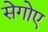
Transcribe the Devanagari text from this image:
सेगोए